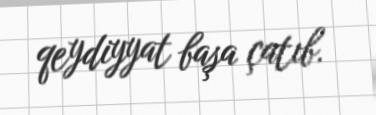
qeydiyyat başa çatıb.